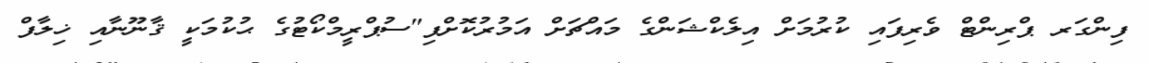
ފިންގަރ ޕްރިންޓް ވެރިފައި ކުރުމަށް އިލެކްޝަންގެ މައްޗަށް އަމުރުކޮށްފި"ސުޕްރީމްކޯޓުގެ ޙުކުމަކީ ޤާނޫނާއި ޚިލާފް